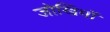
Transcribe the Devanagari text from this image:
जोखिमों